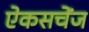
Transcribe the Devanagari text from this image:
ऐकसचेंज